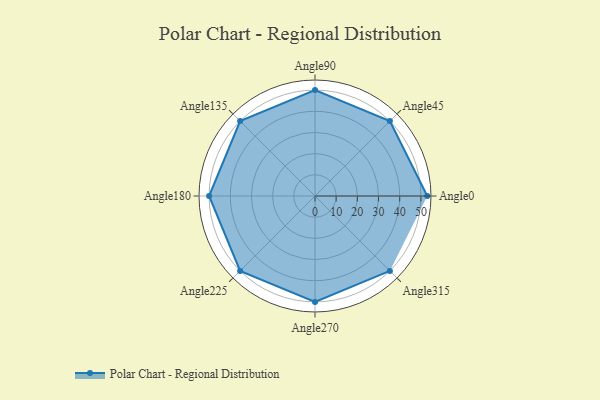
{"axis": {"x": "Angle", "y": "Radius"}, "legend": [""], "data": [{"x": "Angle0", "y": 53.0, "type": ""}, {"x": "Angle45", "y": 50, "type": ""}, {"x": "Angle90", "y": 50, "type": ""}, {"x": "Angle135", "y": 50, "type": ""}, {"x": "Angle180", "y": 50, "type": ""}, {"x": "Angle225", "y": 50, "type": ""}, {"x": "Angle270", "y": 50, "type": ""}, {"x": "Angle315", "y": 50, "type": ""}]}